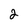
Character: 2